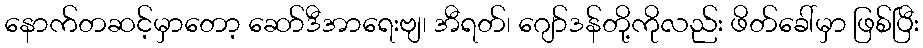
နောက်တဆင့်မှာတော့ ဆော်ဒီအာရေးဗျ၊ အီရတ်၊ ဂျော်ဒန်တို့ကိုလည်း ဖိတ်ခေါ်မှာ ဖြစ်ပြီး